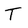
Character: T